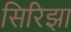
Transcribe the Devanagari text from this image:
सिरिझा